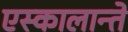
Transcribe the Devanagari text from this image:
एस्कालान्ते